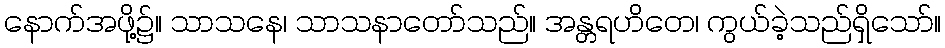
နောက်အဖို့၌။ သာသနေ၊ သာသနာတော်သည်။ အန္တရဟိတေ၊ ကွယ်ခဲ့သည်ရှိသော်။